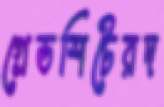
গ্রেডশিটেরদ